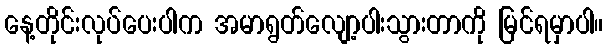
နေ့တိုင်းလုပ်ပေးပါက အမာရွတ်လျော့ပါးသွားတာကို မြင်ရမှာပါ။